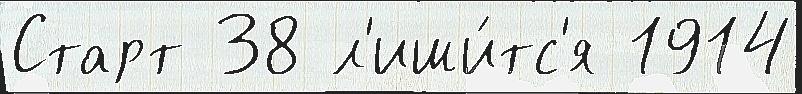
Старт 38 л'иши́тс'я 1914